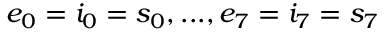
e _ { 0 } = i _ { 0 } = s _ { 0 } , . . . , e _ { 7 } = i _ { 7 } = s _ { 7 }